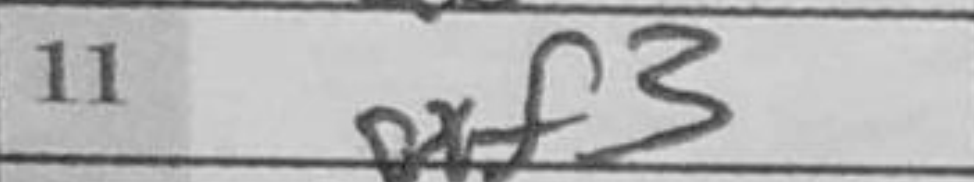
Transcription: gxf3